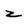
Character: z